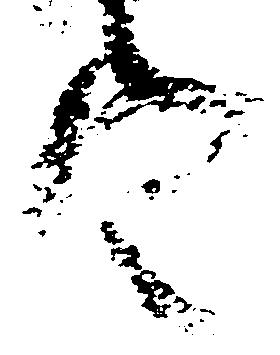
定